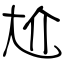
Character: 尬